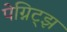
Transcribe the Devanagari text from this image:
पेग्निट्झ